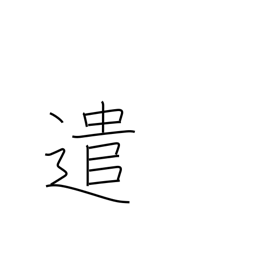
Meaning: undertake